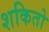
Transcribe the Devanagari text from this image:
शकितो